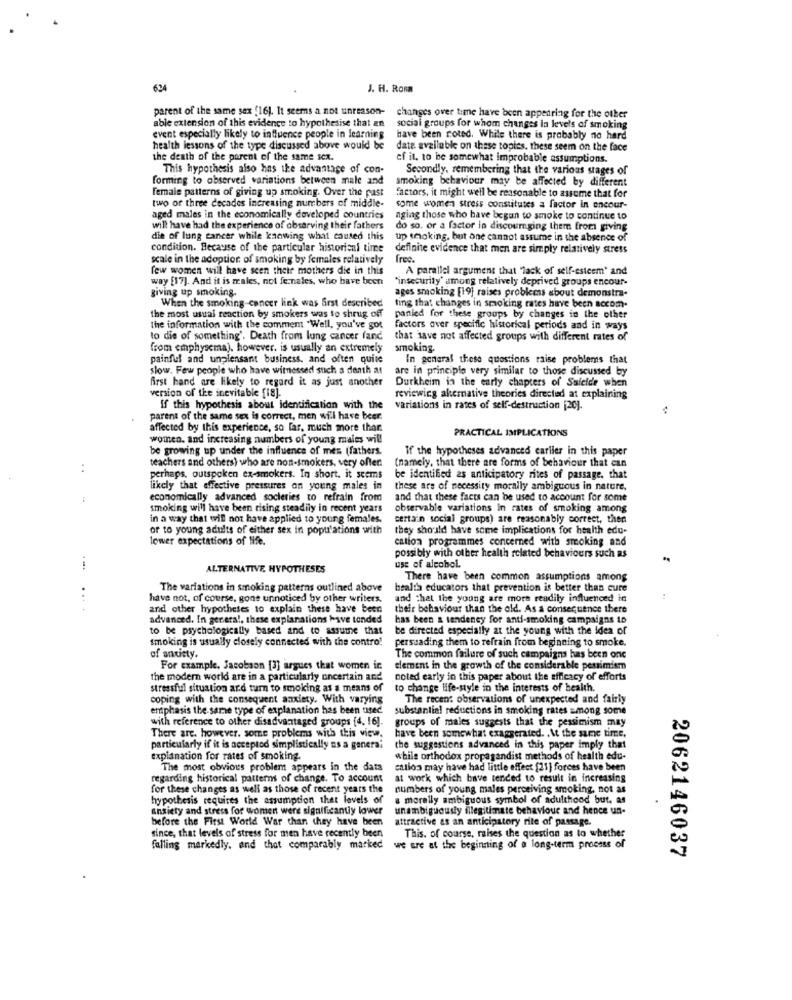
624
J. H. Rona
parent of the same sex (16). It seems a not unreason-
able extension of this evidence to hypothesise that an
changes over time have been appearing for the other
social groups for whom changes la levels of smoking
event especially likely to influence people in learning
have been coted. While there is probably no hard
health lessons of the type discussed above would be
date available on these topics. these seem on the face
the death of the parent of the same sex.
cf it, to be somewhat improbable assumptions.
This hypothesis also has the advantage of con-
Secondly, remembering that the various stages of
forming to observed variations between male and
smoking behaviour may be affected by different
female patterns of giving up smoking. Over the past
factors, it might well be reasonable to assume that for
two or three decades increasing numbers of middle-
some women stress constitutes a factor in encour-
aged males in the economically developed countries
nging those who have begun to smoke to continue to
will have had the experience of observing their fathers
do so. or a factor in discouraging them from giving
die of lung cancer while knowing what caused this
up smoking, but one cannot assume in the absence of
condition. Because of the particular historienl time
definite evidence that men are simply relatively stress
scale in the adoption of smoking by females relatively
free.
few women will have scen their mothers die in this
A parallel argument that "lack of self-esteem" and
way [17]. And it is males, not fernales, who have been
"insecurity' among relatively deprived groups encour-
giving up smoking.
ages smoking [19] raises problems about demonstra-
When the smoking-cancer link was Srst described
ting that changes in smoking rates have been accom-
the most usual reaction by smokers was to shrug off
panied for these groups by changes in the other
the information with the comment "Well, you've got
factors over specific historical periods and in ways
to die of something'. Death from lung cancer fand
that have not affected groups with different rates of
from emphysema), however, is usually an extremely
smoking.
painful and unpleasant business, and often quite
In general these questions raise problems that
slow. Few people who have witnessed such a death at
are in principle very similar to those discussed by
first hand are likely to regard it as just another
Durkheim in the early chapters of Suicide when
version of the inevitable [18].
reviewing alternative theories directed at explaining
If this hypothesis about identification with the
variations in rates of self-destruction [20].
..
parent of the same sex is correct, men will have beer.
affected by this experience, so far, much more thor
PRACTICAL IMPLICATIONS
women, and increasing numbers of young males will
be growing up under the influence of mes (fathers.
If the hypotheses advanced cariler in this paper
teachers and others) who are non-smokers, very offer.
(namely, that there are forms of behaviour that can
..
perhaps, outspoken ex-smokers. In short. it seems
be identified as anticipatory rites of passage, that
likely that effective pressures on young males in
these are of necessity morally ambiguous in nature.
economically advanced societies to refrain from
and that these facts can be used to account for some
smoking will have been rising steadily in recent years
observable variations in rates of smoking among
in a way that will not have applied to young females.
certain social groups) are reasonably correct, then
or to young adults of either sex in populations with
they should have some implications for health edu-
lower expectations of life.
cation programmes concerned with smoking and
possibly with other health related behaviours such as
ALTERNATIVE, HYPOTHESES
use of alcohol.
There have been common assumptions among
The variations in smoking patterns outlined above
bealta educators that prevention is better than cure
have not, of course, gone unnoticed by other writers.
and that the young are more readily influenced in
....
and other hypotheses to explain these have been
their behaviour than the old. As a consequence there
advanced. In general, these explanations have tended
has been a tendency for anti-smoking campaigns to
to be psychologically based and to assume that
be directed especially at the young with the idea of
smoking is usually closely connected with the contro!
persuading them to refrain from beginning to smoke.
of anxiety.
The common failure of such campaigns has been one
For example, Jacobson [3] argues that women ic
clement in the growth of the considerable pessimism
the modern world are in a particularly oncertain and
noted early in this paper about the efficacy of efforts
stressful situation and turn to smoking as a means of
to change life-style in the interests of health.
coping with the consequent anxiety, With varying
The recen: observations of unexpected and fairly
emphasis the same type of explanation has been used
substantial reductions in smoking rates among some
with reference to other disadvantaged groups [4. 16].
groups of males suggests that the pessimism may
There are. however. some problems with this view.
have been somewhat exaggerated. At the same time,
particularly if it is accepted simplistically as a general
the suggestions advanced in this paper imply that
explanation for rates of smoking.
while orthodox propagandist methods of health edu-
The most obvious problem appears in the data
callos may have had little effect [21] forces have been
regarding historical patterns of change. To account
at work which bave tended to result in increasing
for these changes as well as those of recent years the
numbers of young males perceiving smoking, not as
hypothesis requires the assumption that levels of
a morally ambiguous symbol of adulthood but, as
anxiety and stress for women were significantly lower
unambiguously illegitimate behaviour and hence un-
before the First World War than they have been
attractive as an anticipatory rite of passage.
since, that levels of stress for men have recently been
This. of course, maises the question as to whether
falling markedly, and that comparably marked
we are at the beginning of a long-term process of
2062146037